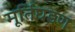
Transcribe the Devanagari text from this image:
मूर्तिघडण